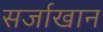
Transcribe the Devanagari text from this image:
सर्जाखान